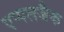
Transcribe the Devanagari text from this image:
एप्पलजैक